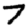
Digit: 7